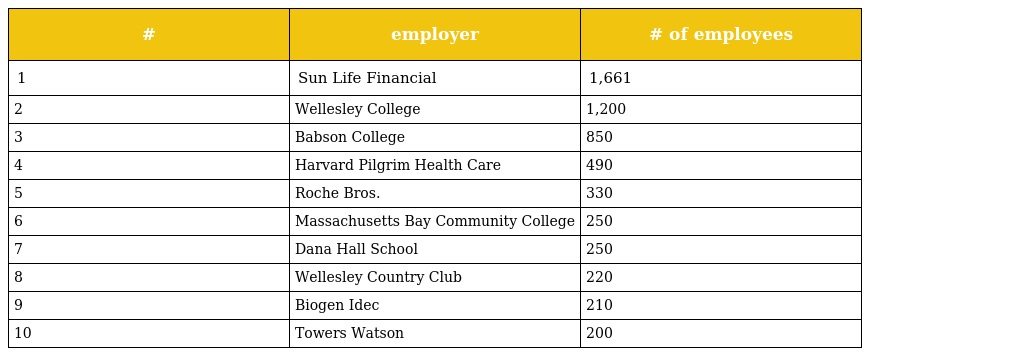
| # | employer | # of employees |
 | --- | --- | --- |
 | 1 | Sun Life Financial | 1,661 |
 | 2 | Wellesley College | 1,200 |
 | 3 | Babson College | 850 |
 | 4 | Harvard Pilgrim Health Care | 490 |
 | 5 | Roche Bros. | 330 |
 | 6 | Massachusetts Bay Community College | 250 |
 | 7 | Dana Hall School | 250 |
 | 8 | Wellesley Country Club | 220 |
 | 9 | Biogen Idec | 210 |
 | 10 | Towers Watson | 200 |